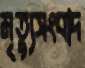
মৃত্যুসংবাদ